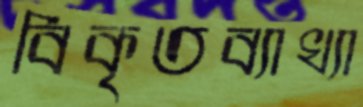
বিকৃতব্যাখ্যা